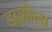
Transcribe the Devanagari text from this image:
डाळीला